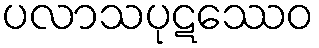
ပလာသပုဋဿေဝ